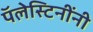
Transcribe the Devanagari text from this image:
पॅलेस्टिनींनी